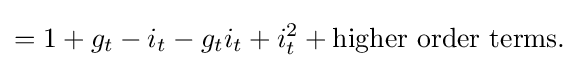
=1+g_{t}-i_{t}-g_{t}i_{t}+i_{t}^{2}+{\text{higher order terms.}}